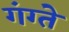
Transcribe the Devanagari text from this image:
गंग्ते